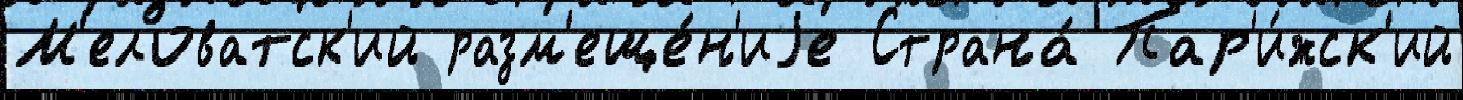
М'еловатск'ий разм'еще́н'иjе Страна́ Пар'и́жск'ий